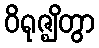
ဝိရုဇ္ဈိတွာ